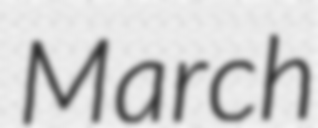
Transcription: March